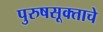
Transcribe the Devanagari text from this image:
पुरुषसूक्ताचे